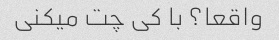
واقعا؟ با کی چت میکنی